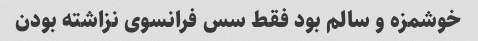
خوشمزه و سالم بود فقط سس فرانسوی نزاشته بودن